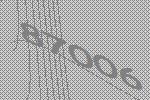
87006